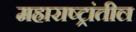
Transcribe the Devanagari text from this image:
महाराष्ट्रांतील